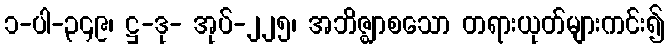
၁-ပါ-၃၄၉၊ ဋ္ဌ-ဒု- အုပ်-၂၂၅၊ အဘိဇ္ဈာစသော တရားယုတ်များကင်း၍